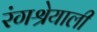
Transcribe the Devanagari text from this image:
रंगश्रेयाली